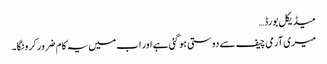
میڈیکل بورڈ…
میری آرمی چیف سے دوستی ہو گئی ہے اور اب میں یہ کام ضرور کرونگا۔